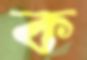
ক